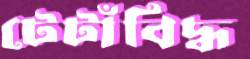
টেটাঁবিদ্ধ